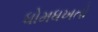
ધોમધખતો